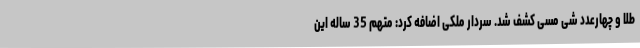
طلا و چهارعدد شی مسی کشف شد. سردار ملکی اضافه کرد: متهم 35 ساله این